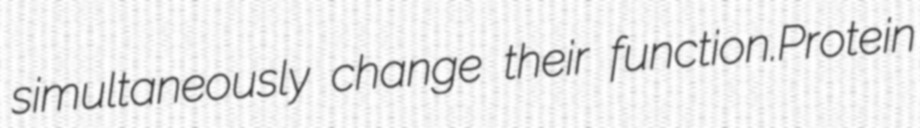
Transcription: simultaneously change their function.Protein